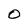
Character: O